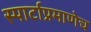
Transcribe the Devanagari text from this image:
स्पार्टाप्रमाणेच